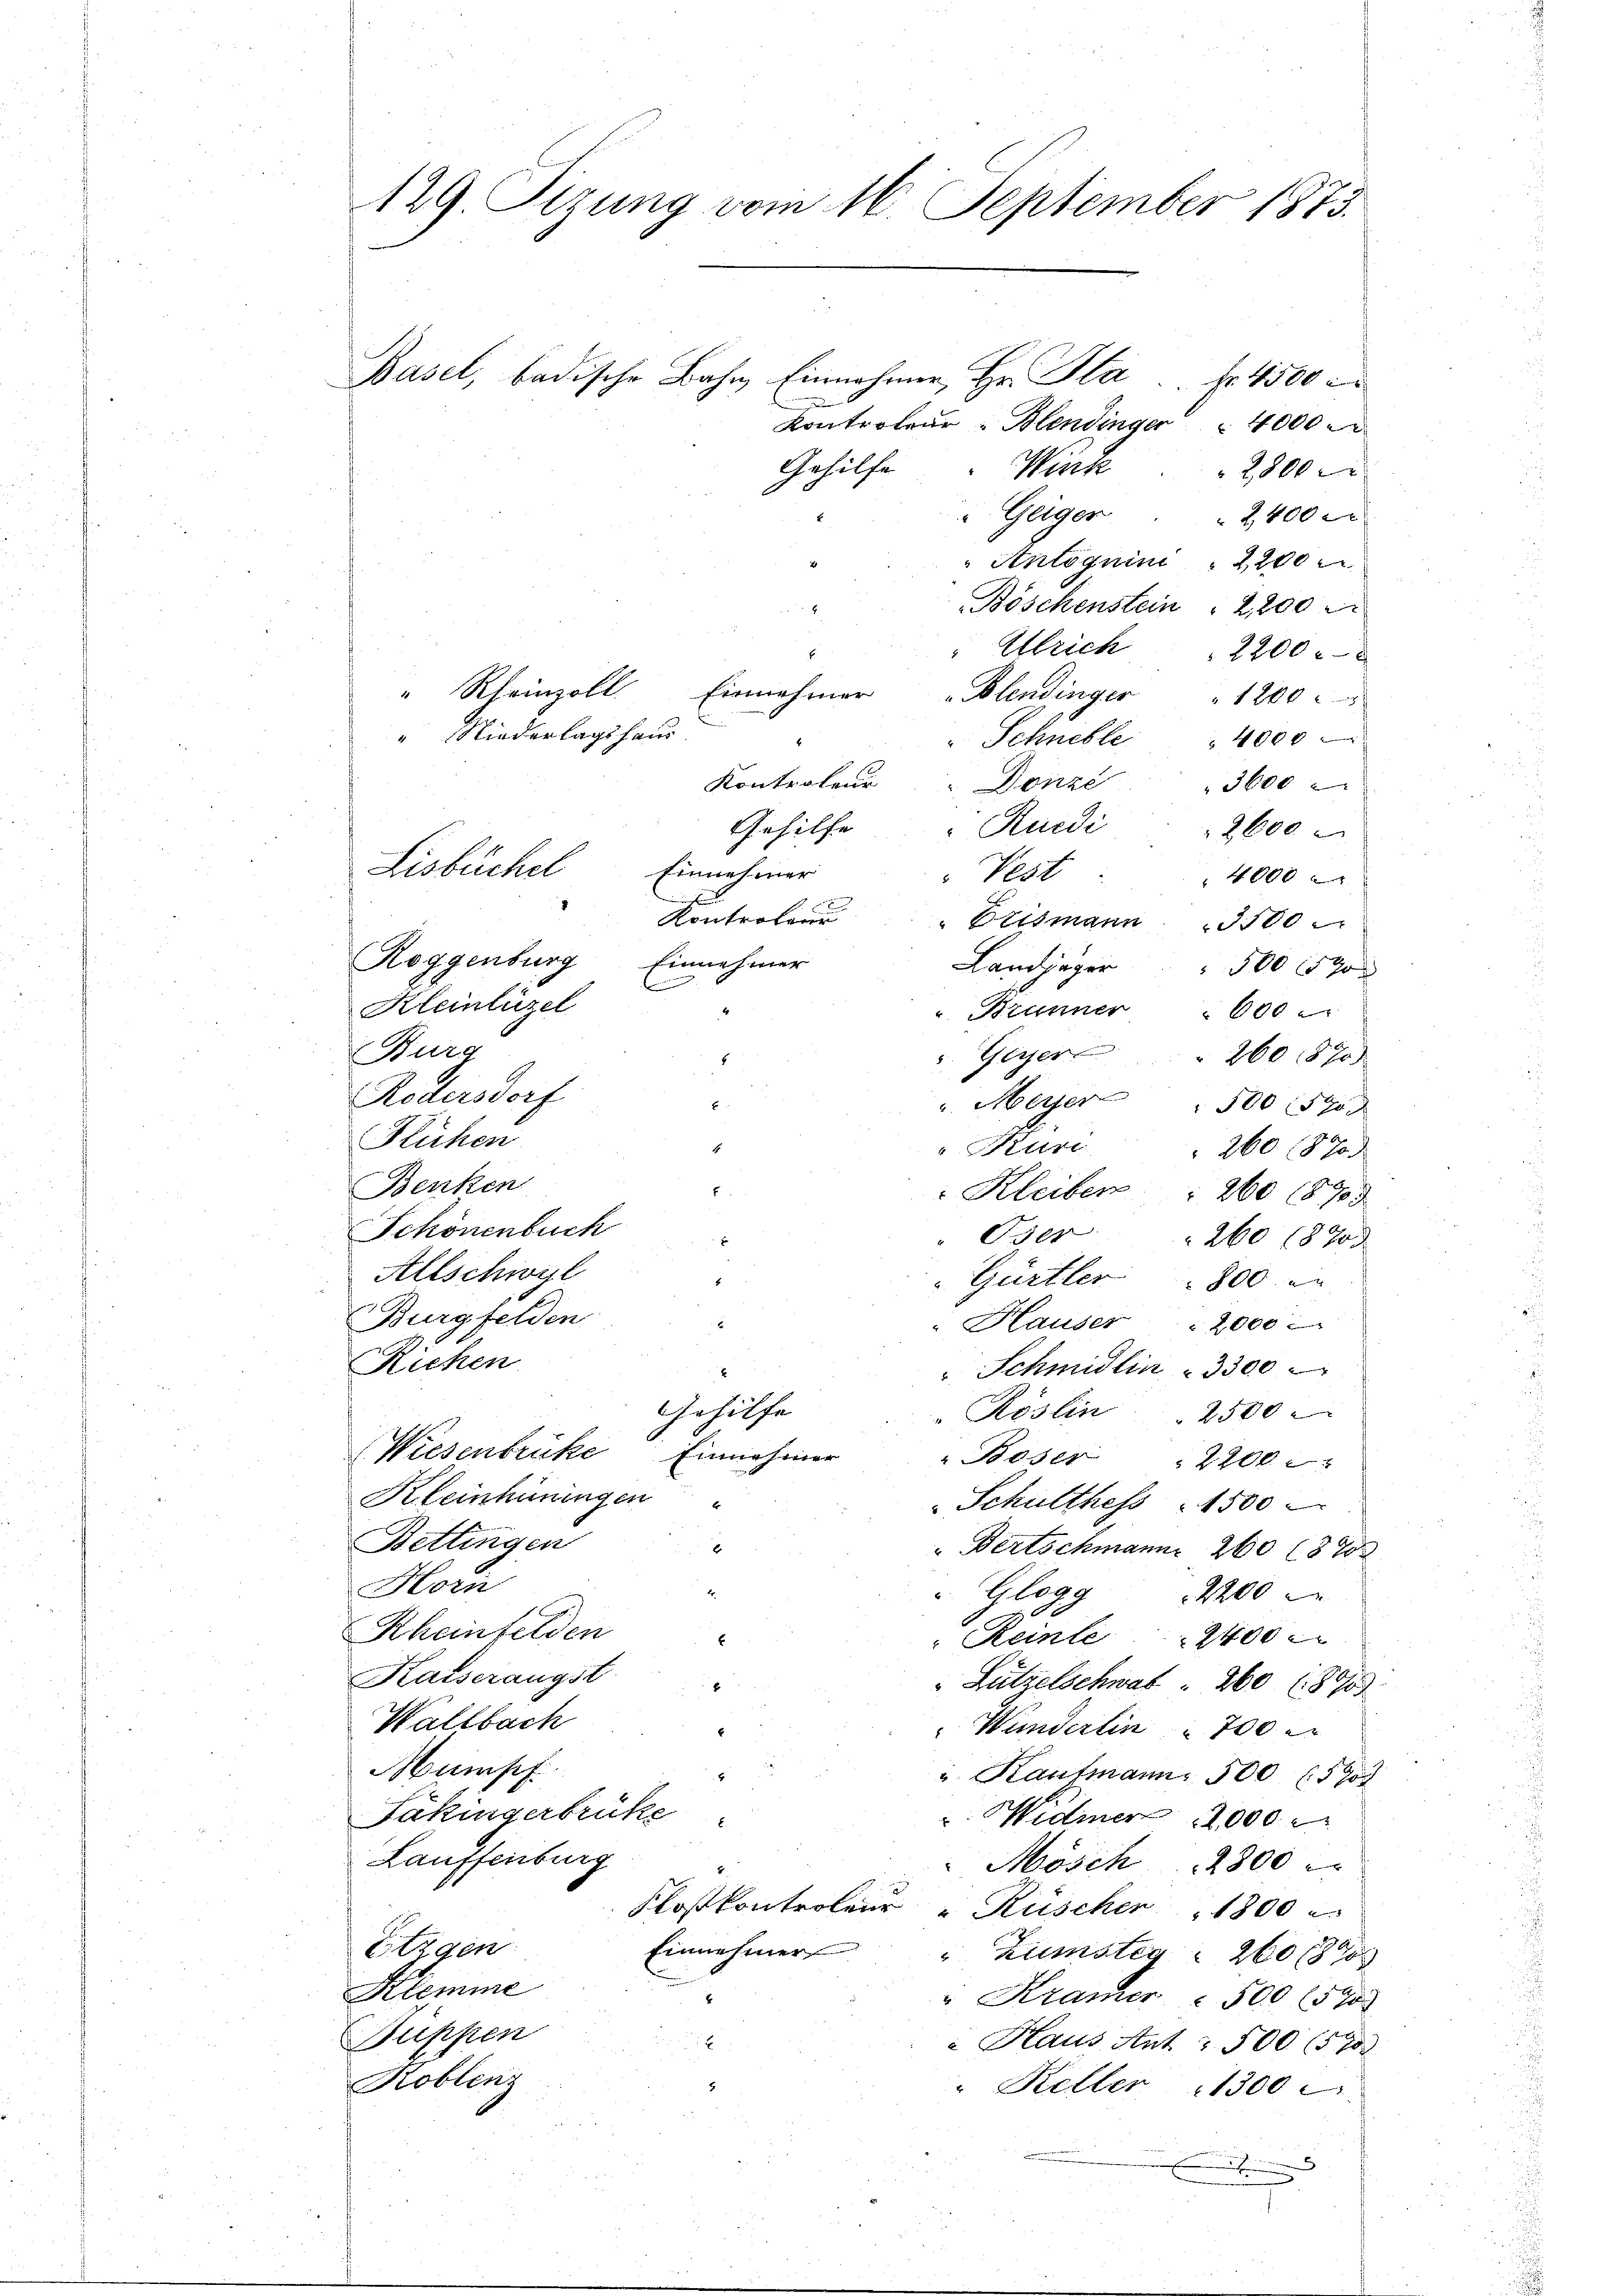
129. Sizung vom 16. September 1873.

Basel, badische Bahn Einnahmen, Hr. Fla. f. 4500 c.
Kontroleur - Blendinger 4000
Gehilfe
Wirk
Geiger
Antoguini  2200
Böschenstein " 2,200
" Rheinzoll.
Einnehmer
Blendinger " 1200
.
" Niederlagshaus
Kontroleur Donze
Ruidi
Gehilfe
Lisbüchel
Einnehmer
Pert
i
Kontroler
" Brismann 3500
Roggenburg Einnehmer
Kleinlüzel
4
u. Brunner " 600
Burg
 Geyer " 260 (870)
Rodersdorf
u. Meyer " 500 590
Flühen
Kuri
Benken
E
Schönenbuch
" Oser
Allschwyl
Gürtler 1800 an
Burgfelden
Hauser " 2000
Richen
" Schmidlin " 3300
Gehülfe
Röslin 2500
Wiesenbrücke Einnahmer
" Böser 2200.
Kleinhüningen
Schulthess 1500
Bettingen
6
Bertschmann 260 (870
Horn
" Glogg  2200
Rheinfelden
Reinte 2400
Kaiserangst
Lützelschwat . 260 (890
Wallbach
Wunderlin 700
Mumpf.
" Rautmann 500 (573
Jäkingerbrüke
Widmer 12000
Lauffenburg
Mösch 2800
Floßkontrolen Rüscher 1800
Etzgen
Einnehmer
"Zumstag 260 189
Klemme
"Kramer 500 (590
Büppen
 Haus Ant. 500 (570
Koblenz
" Keller   1300

2800 x

Schnelle " 4000
Landjäger " 500 90
260 (870
Kleiber 260 (870
260 (870)

2,400 x

Ulrich 2200
3600
2600
4000